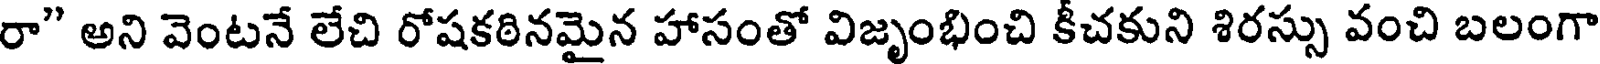
రా" అని వెంటనే లేచి రోషకఠినమైన హాసంతో విజృంభించి కీచకుని శిరస్సు వంచి బలంగా